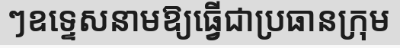
ៗឧទ្ទេសនាមឱ្យធ្វើជាប្រធានក្រុម